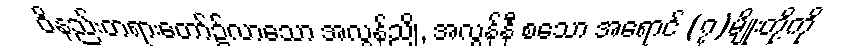
ဝိနည်းတရားတော်၌လာသော အလွန်ညို, အလွန်နီ စသော အရောင် (၇)မျိုးတို့ကို